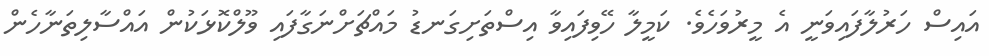
އައިސް ހަރުލާފައިވަނީ އެ މީރުވަހެވެ. ކަމީލާ ހޭވިފައިވާ އިސްތަށިގަނޑު މައްޗަށްނަގާފައި ވޫލްކޮޅަކުން އައްސާލިތަނާހެން